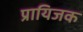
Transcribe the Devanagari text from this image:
प्रायिजक